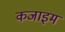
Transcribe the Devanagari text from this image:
कजाइम